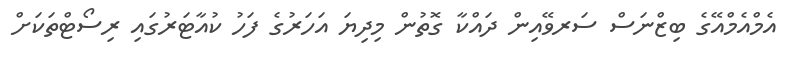
އެމްއެމްއޭގެ ބިޒްނަސް ސަރވޭއިން ދައްކާ ގޮތުން މިދިޔަ އަހަރުގެ ފަހު ކުއާޓަރުގައި ރިސޯޓްތަކަށް